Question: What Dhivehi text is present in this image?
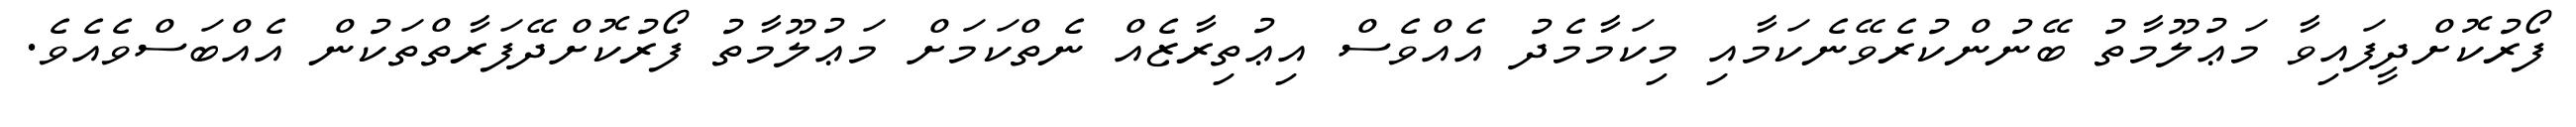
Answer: ފޯރުކޮށްދީފައިވާ މަޢުލޫމާތު ބޭނުންކުރެވޭނެކަމާއި މިކަމާމެދު އެއްވެސް އިޢުތިރާޒެއް ނެތްކަމަށް މަޢުލޫމާތު ފޯރުކޮށްދޭފަރާތްތަކުން އެއްބަސްވެއެވެ.